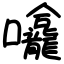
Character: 㘛